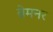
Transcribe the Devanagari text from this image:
ब्रेमनर